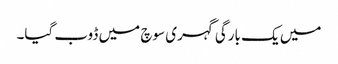
میں یک بارگی گہری سوچ میں ڈوب گیا۔